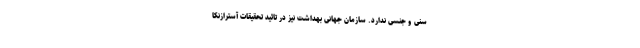
سنی و جنسی ندارد. سازمان جهانی بهداشت نیز در تائید تحقیقات آسترازنکا